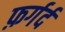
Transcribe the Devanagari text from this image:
फ़र्गर्द